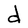
Character: d